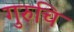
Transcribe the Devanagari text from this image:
गुरुचि